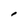
Character: 1